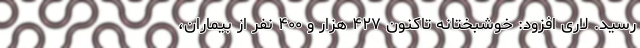
رسید. لاری افزود: خوشبختانه تاکنون ۴۲۷ هزار و ۴۰۰ نفر از بیماران،